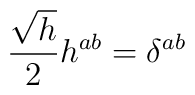
\frac{\sqrt{h}}{2}h^{ab}=\delta^{ab}